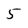
Character: 5